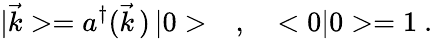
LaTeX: |\vec{k}>=a^{\dagger}(\vec{k}\, )\, |0>\ \ \ ,\ \ \ <0|0>=1\ .